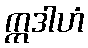
ဣဒါဟံ